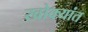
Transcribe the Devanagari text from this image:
खोक्यांत